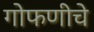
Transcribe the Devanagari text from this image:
गोफणीचे